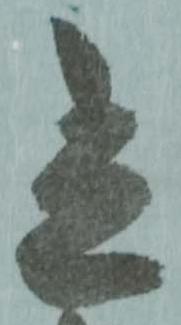
立